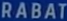
RABAT